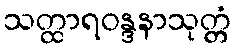
သတ္ထာရဝန္ဒနာသုတ္တံ